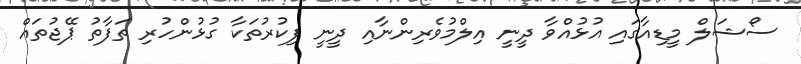
ސޯޝަލް މީޑިއާގައި އުޅުއްވާ ދީނީ އިލްމުވެރިންނާއި ދީނީ ފިކުރުތަކާ ގުޅުންހުރި ތަފާތު ޕޭޖުތައް